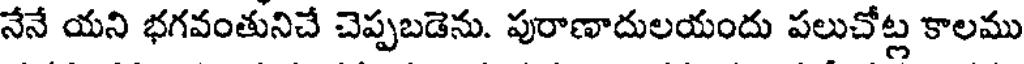
నేనే యని భగవంతునిచే చెప్పబడెను. పురాణాదులయందు పలుచోట్ల కాలము